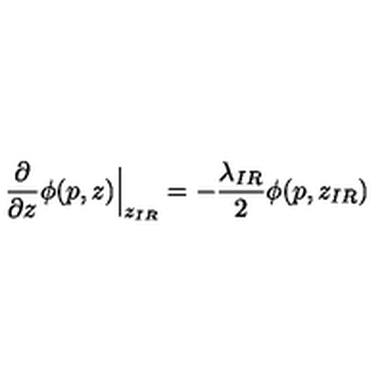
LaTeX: \frac { \partial } { \partial z } \phi ( p , z ) \Big | _ { z _ { I R } } = - \frac { \lambda _ { I R } } 2 \phi ( p , z _ { I R } )